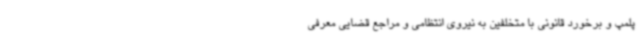
پلمپ و برخورد قانونی با متخلفین به نیروی انتظامی و مراجع قضایی معرفی